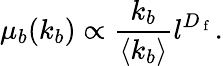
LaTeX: \mu_{b}(k_{b})\propto\frac{k_{b}}{\langle k_{b}\rangle}l^{D_{\mathrm{~f~}}}.